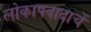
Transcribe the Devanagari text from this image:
लोकापवादाचें